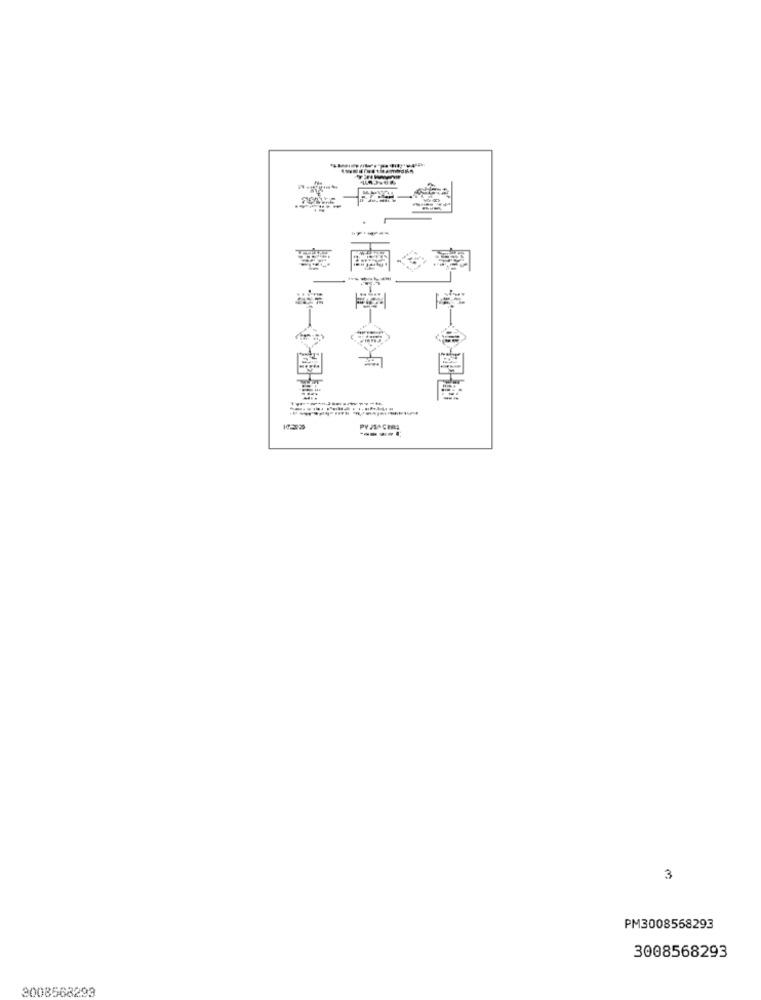
------
PV JSA GIRL
3
PM3008558293
3008568293
3008568293